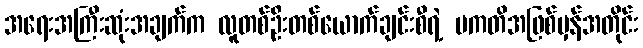
အရေးအကြီးဆုံးအချက်က လူတစ်ဦးတစ်ယောက်ချင်းစီရဲ့ ပကတိအဖြစ်မှန်အတိုင်း